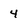
Character: 4